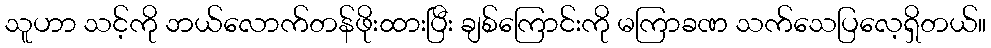
သူပာာ သင့်ကို ဘယ်လောက်တန်ဖိုးထားပြီး ချစ်ကြောင်းကို မကြာခဏ သက်သေပြလေ့ရှိတယ်။